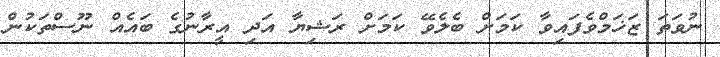
ނުވަތަ ޒަޚަމްވެފައިވާ ކަމަށް ބެލެވޭ ކަމަށް ރަޝިޔާ އަދި އީރާނުގެ ބައެއް ނޫސްތަކުން